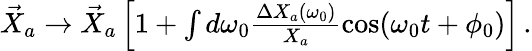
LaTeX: \begin{array}{r}{\vec{X}_{a}\rightarrow\vec{X}_{a}\left[1+\int d\omega_{0}\frac{\Delta X_{a}(\omega_{0})}{X_{a}}\cos(\omega_{0}t+\phi_{0})\right]\, .}\end{array}